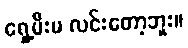
ရှေ့မီးမ လင်းတော့ဘူး။